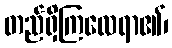
တည်ရှိကြလေရာ၏၊